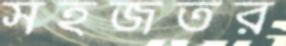
সহজতর